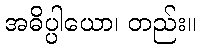
အဓိပ္ပါယော၊ တည်း။